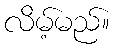
လိမ့်မည်။